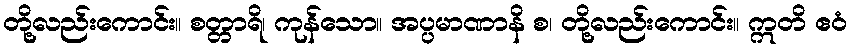
တို့လည်းကောင်း။ စတ္တာရိ၊ ကုန်သော။ အပ္ပမာဏာနိ စ၊ တို့လည်းကောင်း။ ဣတိ ဧဝံ